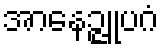
အာနေဉ္ဇူပဂံ